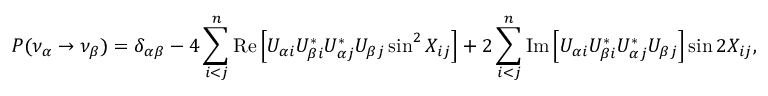
P ( \nu _ { \alpha } \rightarrow \nu _ { \beta } ) = \delta _ { \alpha \beta } - 4 \sum _ { i < j } ^ { n } \mathrm { R e } \left[ U _ { \alpha i } U _ { \beta i } ^ { * } U _ { \alpha j } ^ { * } U _ { \beta j } \sin ^ { 2 } X _ { i j } \right] + 2 \sum _ { i < j } ^ { n } \mathrm { I m } \left[ U _ { \alpha i } U _ { \beta i } ^ { * } U _ { \alpha j } ^ { * } U _ { \beta j } \right] \sin 2 X _ { i j } ,